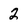
Character: 2